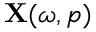
\mathbf { X } ( \omega , p )